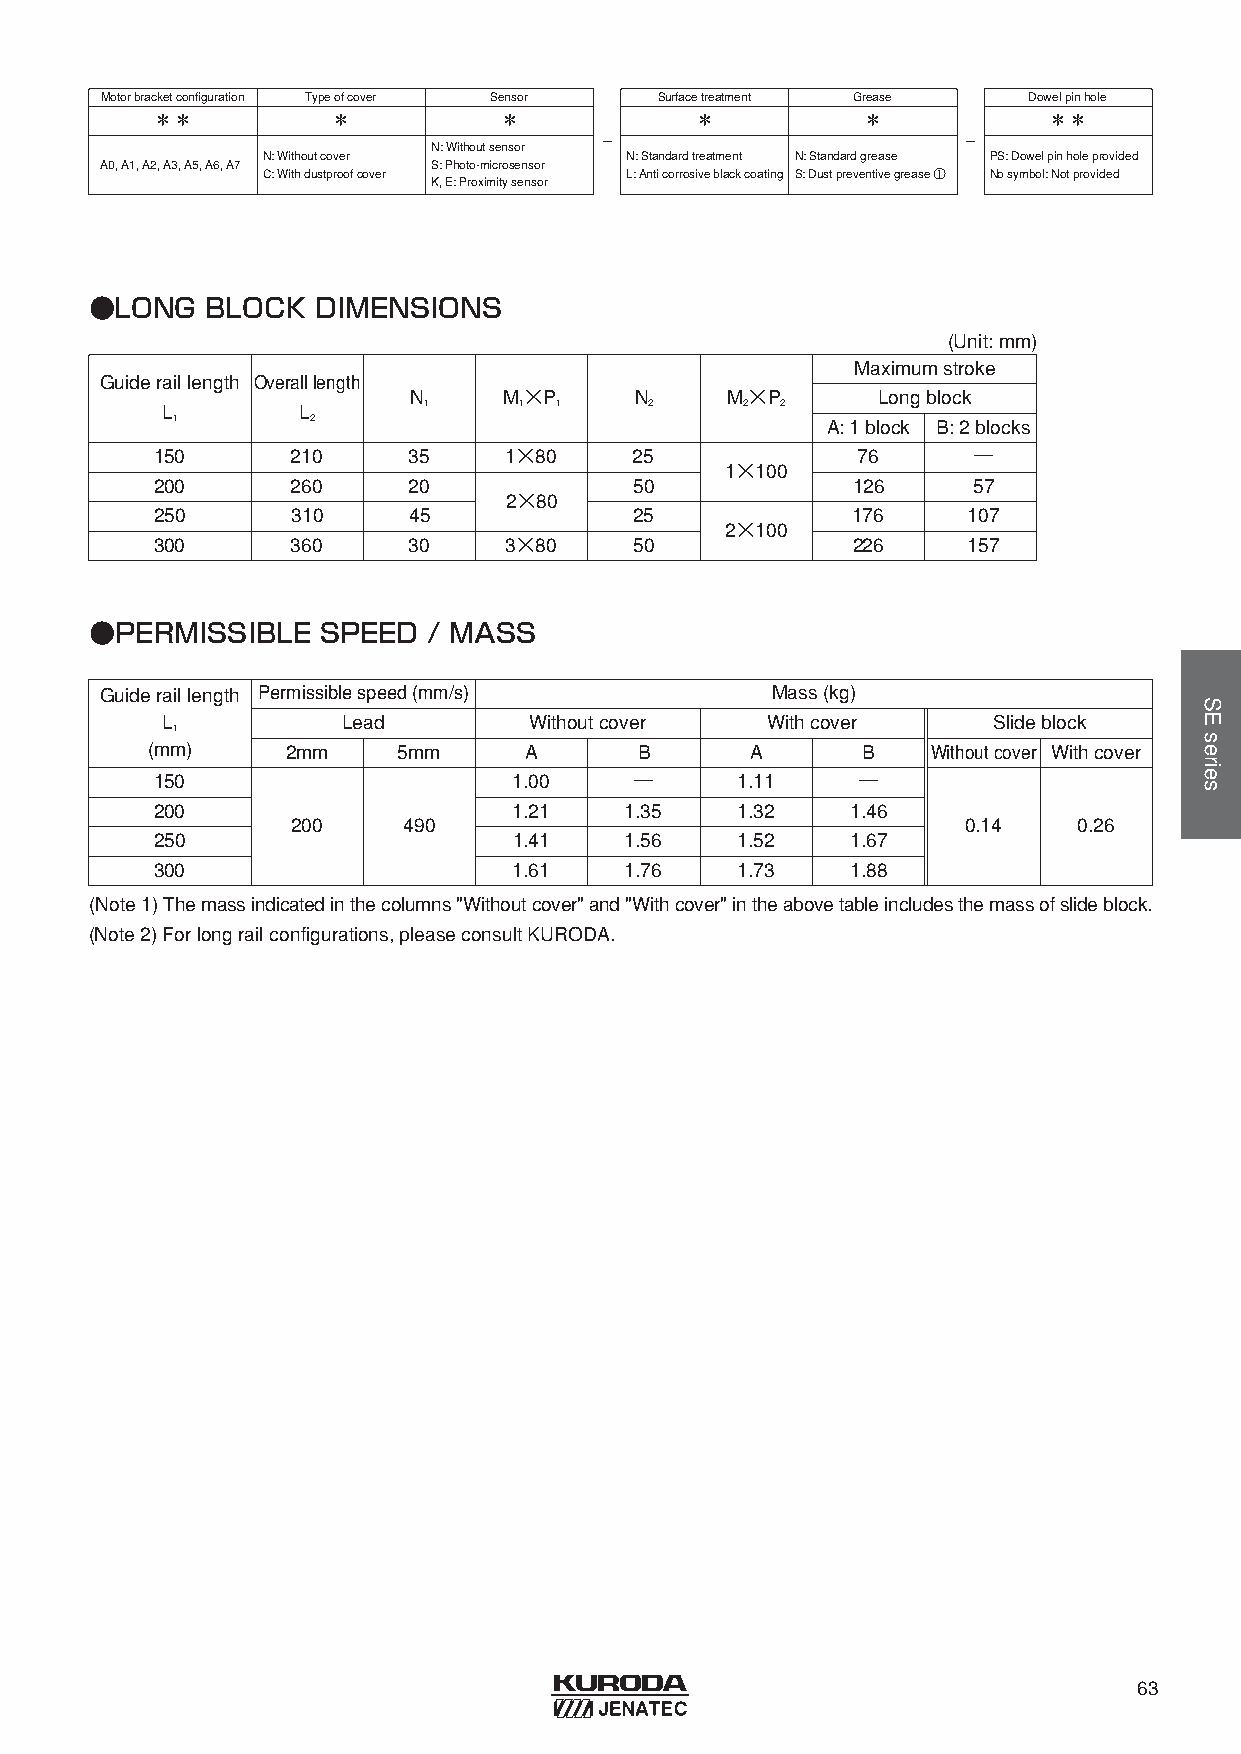
Motorbracketconfiguration Typeofcover Sensor Surfacetreatment Grease Dowelpinhole
 ＊＊          ＊          ＊            ＊          ＊           ＊＊
 -                       -
 N: Withoutsensor
 N: Withoutcover         N: Standardtreatment N: Standardgrease PS: Dowelpinholeprovided
 A0, A1, A2, A3, A5, A6, A7 S: Photo-microsensor
 C: Withdustproofcover   L: Anticorrosiveblackcoating S: Dustpreventivegrease ① Nosymbol: Notprovided
 K, E: Proximitysensor
 ●LONG   BLOCK  DIMENSIONS
 (Unit: mm)
 Maximumstroke
 Guideraillength Overalllength
 N     M×P      N     M×P       Longblock
 L        L       1     1  1     2     2  2
 1         2                                 A: 1 block B: 2 blocks
 150      210     35    1×80     25             76     ─
 1×100
 200      260     20             50            126     57
 2×80
 250      310     45             25            176     107
 2×100
 300      360     30    3×80     50            226     157
 ●PERMISSIBLE   SPEED  / MASS
 Guideraillength Permissiblespeed(mm/s)      Mass(kg)
 L           Lead        Withoutcover    Withcover      Slideblock
 1
 (mm)     2mm    5mm      A      B       A      B    Withoutcover Withcover
 150                     1.00    ─      1.11    ─
 200                     1.21   1.35    1.32   1.46
 200     490                                  0.14   0.26
 250                     1.41   1.56    1.52   1.67
 300                     1.61   1.76    1.73   1.88
 (Note1) Themassindicatedinthecolumns"Withoutcover" and"Withcover" intheabovetableincludesthemassofslideblock.
 (Note2) Forlongrailconfigurations, pleaseconsultKURODA.
 63
 SEseries